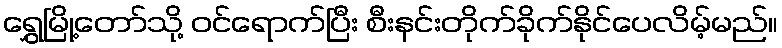
ရွှေမြို့တော်သို့ ဝင်ရောက်ပြီး စီးနင်းတိုက်ခိုက်နိုင်ပေလိမ့်မည်။